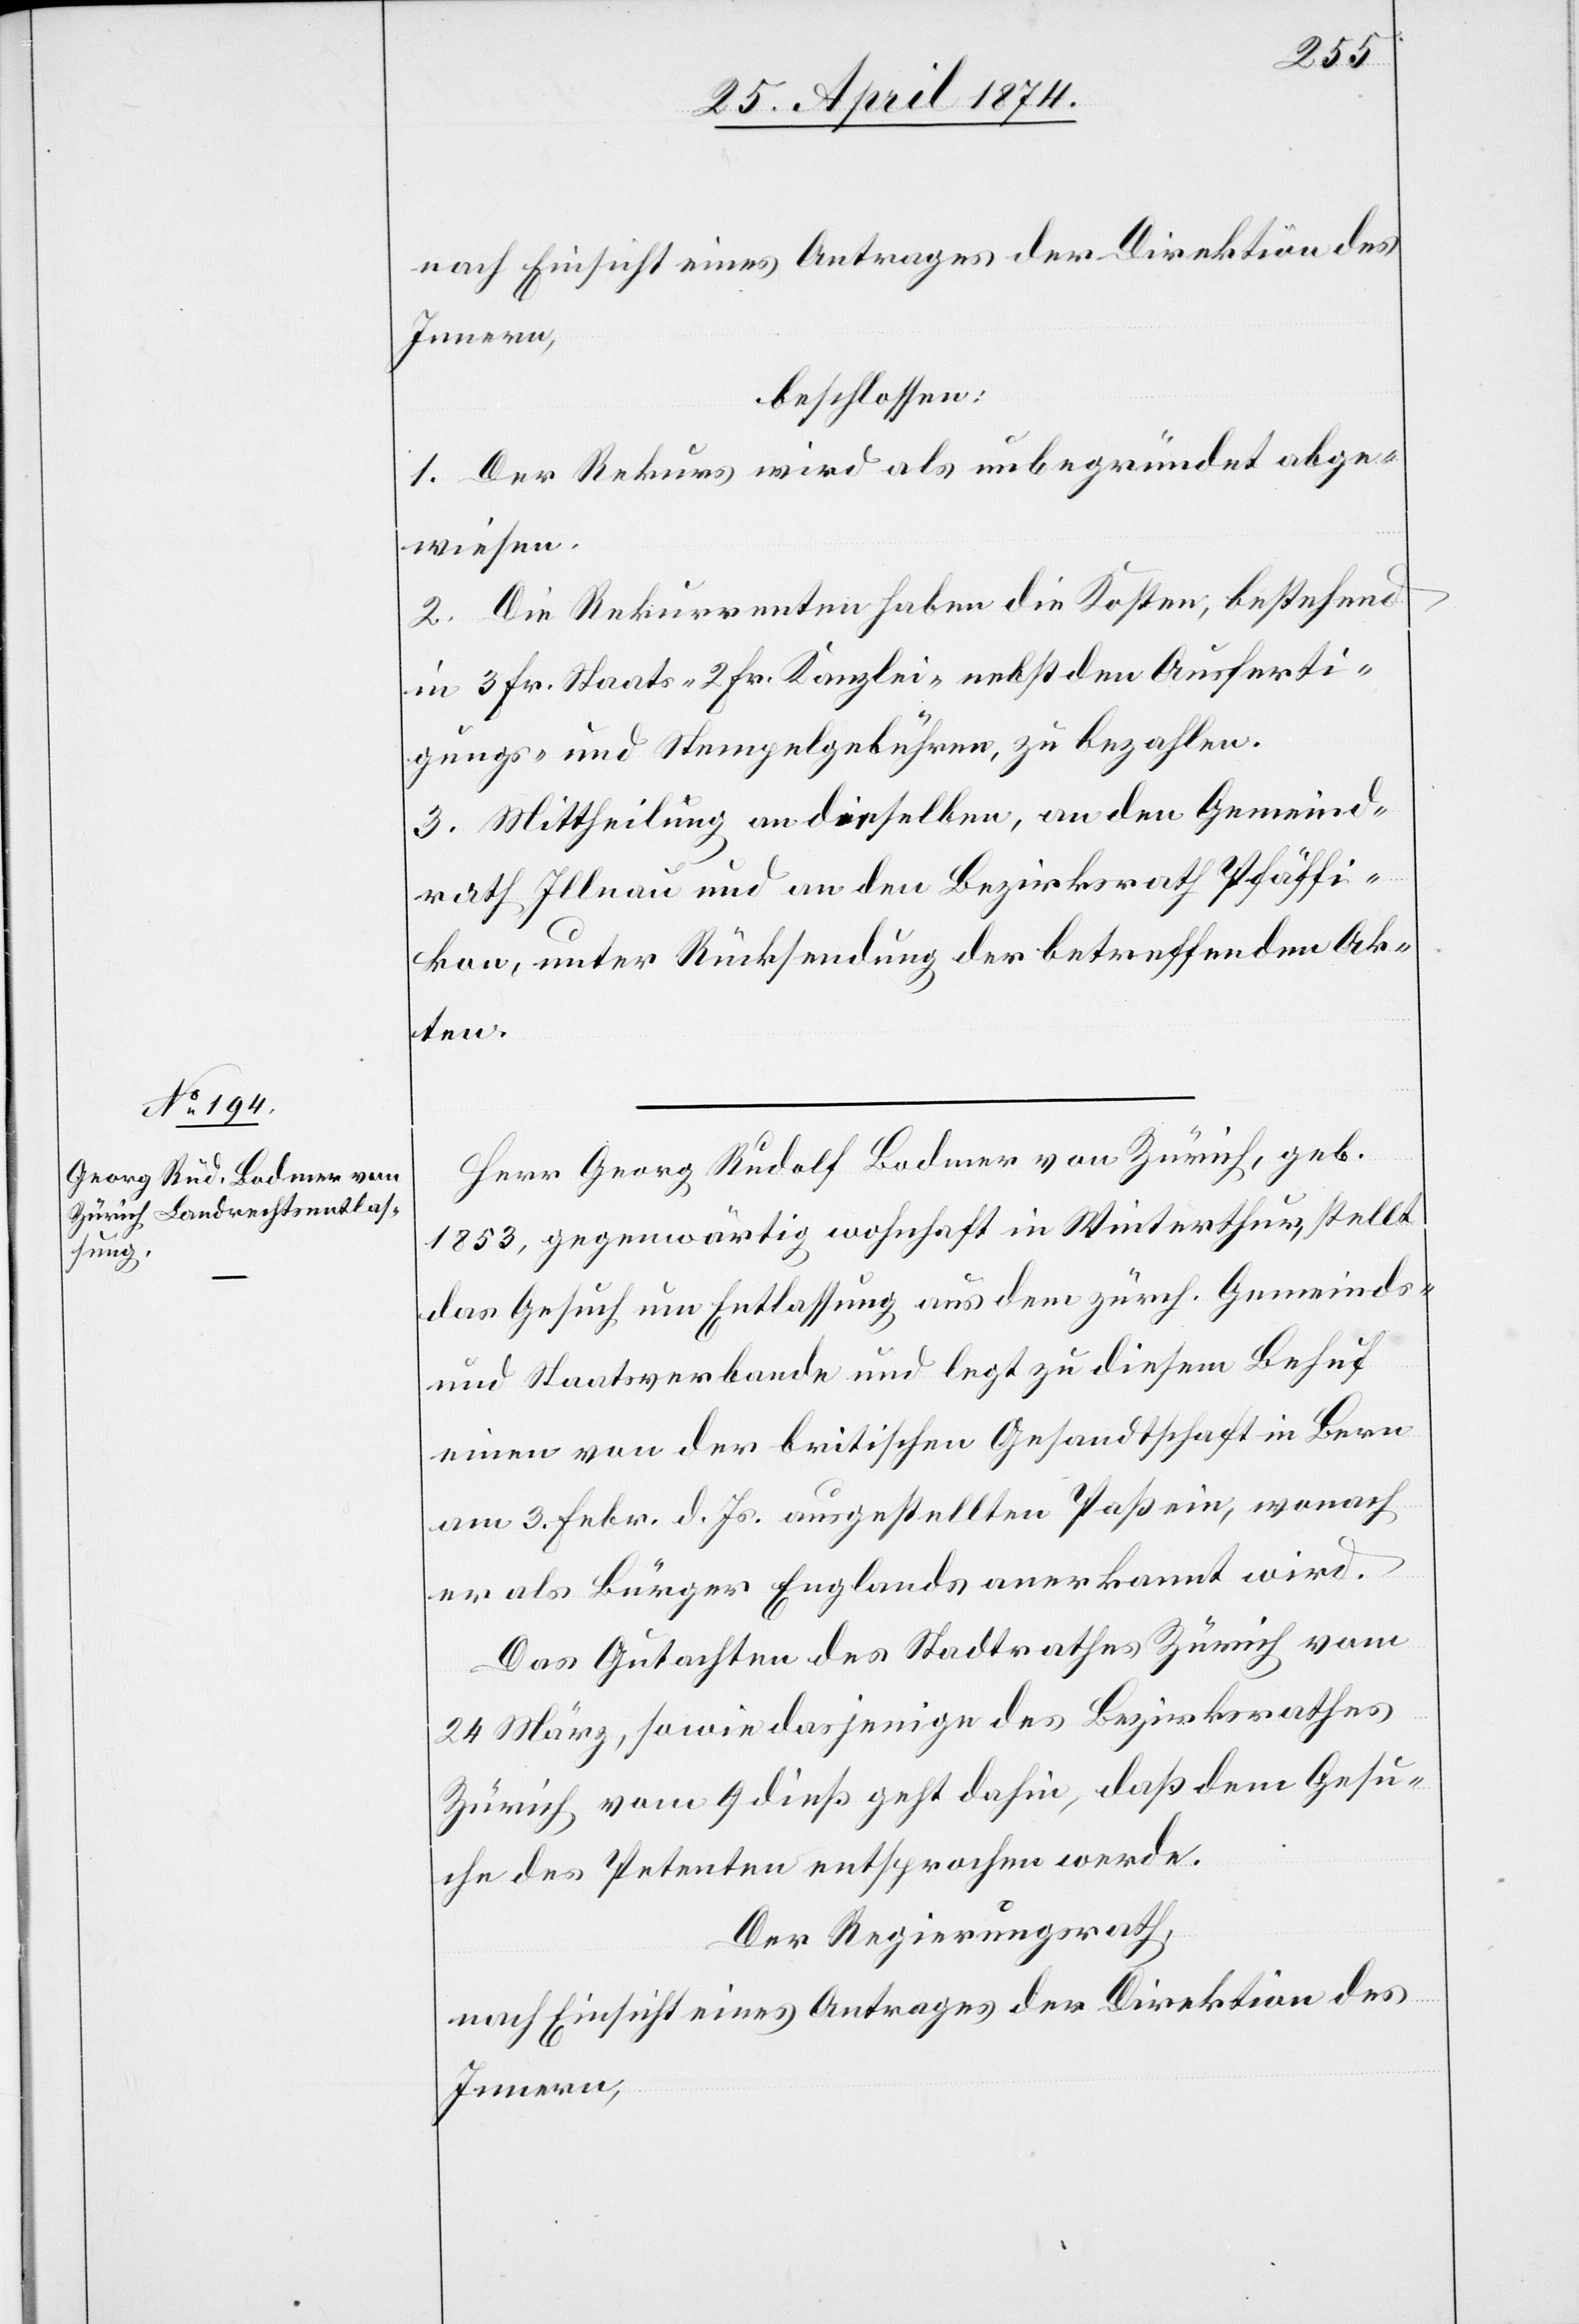
nach Einsicht eines Antrages der Direktion des
Innern,
beschlossen:
1. Der Rekurs wird als unbegründet abge¬
wiesen.
2. Die Rekurrenten haben die Kosten, bestehend
in 3 Fr. Staats- [,] 2 Fr. Kanzlei- nebst den Ausferti¬
gungs- und Stempelgebühren, zu bezahlen.
3. Mittheilung an dieselben, an den Gemeind¬
rath Illnau und an den Bezirksrath Pfäffi¬
kon, unter Rücksendung der betreffenden Ak¬
ten.
Herr Georg Rudolf Bodmer von Zürich, geb.
1853, gegenwärtig wohnhaft in Winterthur, stellt
das Gesuch um Entlassung aus dem zürch. Gemeinds-
und Staatsverbande und legt zu diesem Behuf
einen von der britischen Gesandtschaft in Bern
am 3. Febr. d. Js. ausgestellten Paß ein, wonach
er als Bürger Englands anerkannt wird.
Das Gutachten des Stadtrathes Zürich vom
24. März, sowie dasjenige des Bezirksrathes
Zürich vom 9. dieß geht dahin, daß dem Gesu¬
che des Petenten entsprochen werde.
Der Regierungsrath,
nach Einsicht eines Antrages der Direktion des
Innern,